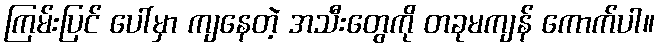
ကြမ်းပြင် ပေါ်မှာ ကျနေတဲ့ အသီးတွေကို တခုမကျန် ကောက်ပါ။